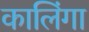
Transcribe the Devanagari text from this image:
कालिंगा